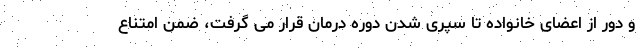
و دور از اعضای خانواده تا سپری شدن دوره درمان قرار می گرفت، ضمن امتناع